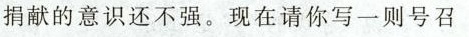
捐献的意识还不强。现在请你写一则号召